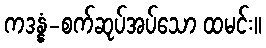
ကဒန္နံ-စက်ဆုပ်အပ်သော ထမင်း။